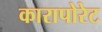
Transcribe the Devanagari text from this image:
कारापोरेट